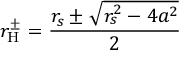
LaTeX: r _ { \mathrm { { H } } } ^ { \pm } = { \frac { r _ { s } \pm { \sqrt { r _ { s } ^ { 2 } - 4 a ^ { 2 } } } } { 2 } }